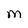
Character: M